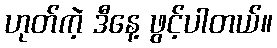
ဟုတ်ကဲ့ ဒီနေ့ ဖွင့်ပါတယ်။